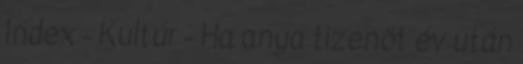
Index - Kultúr - Ha anya tizenöt év után